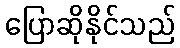
ပြောဆိုနိုင်သည်